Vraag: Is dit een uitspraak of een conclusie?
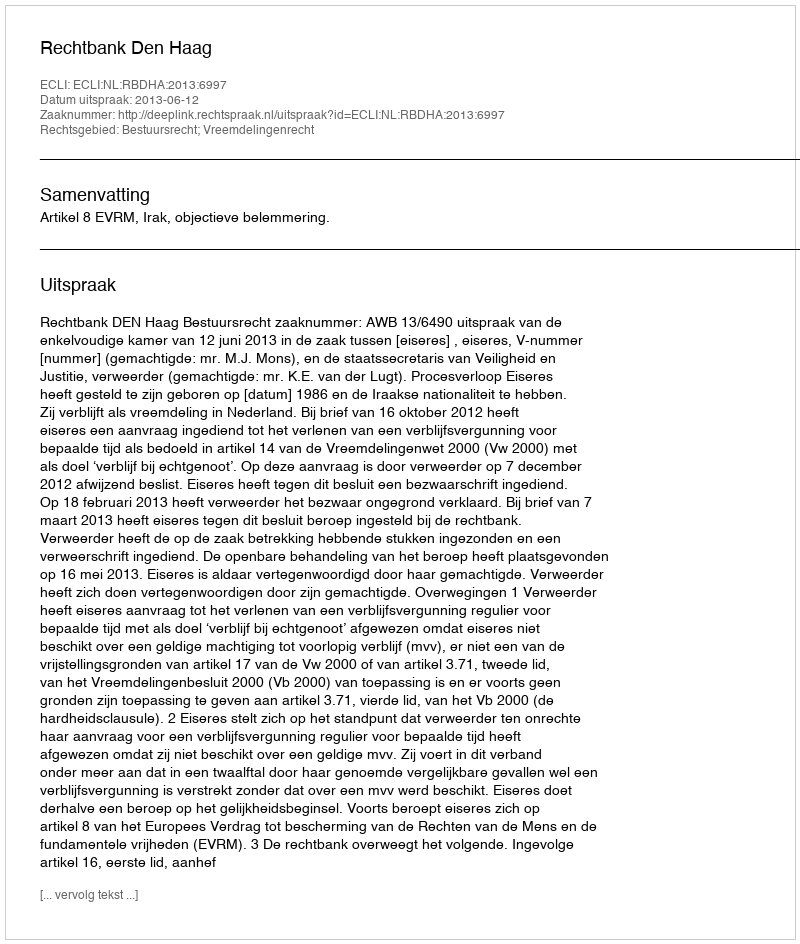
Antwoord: Uitspraak